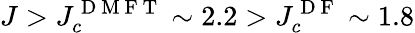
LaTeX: J>J_{c}^{\mathrm{~D~M~F~T~}}\sim 2.2>J_{c}^{\mathrm{~D~F~}}\sim 1.8